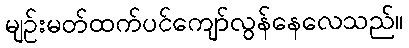
မျဉ်းမတ်ထက်ပင်ကျော်လွန်နေလေသည်။